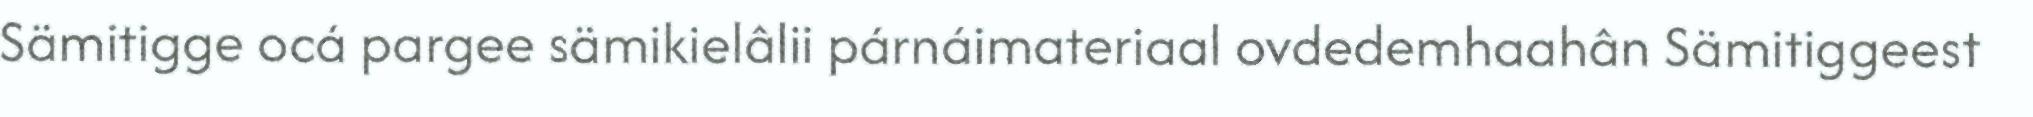
Sämitigge ocá pargee sämikielâlii párnáimateriaal ovdedemhaahân Sämitiggeest